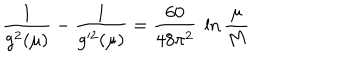
\frac { 1 } { g ^ { 2 } ( \mu ) } - \frac { 1 } { g ^ { 2 } ( \mu ) } = \frac { 6 0 } { 4 8 \pi ^ { 2 } } \ \ln \frac { \mu } { M }